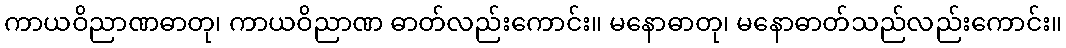
ကာယဝိညာဏဓာတု၊ ကာယဝိညာဏ ဓာတ်လည်းကောင်း။ မနောဓာတု၊ မနောဓာတ်သည်လည်းကောင်း။